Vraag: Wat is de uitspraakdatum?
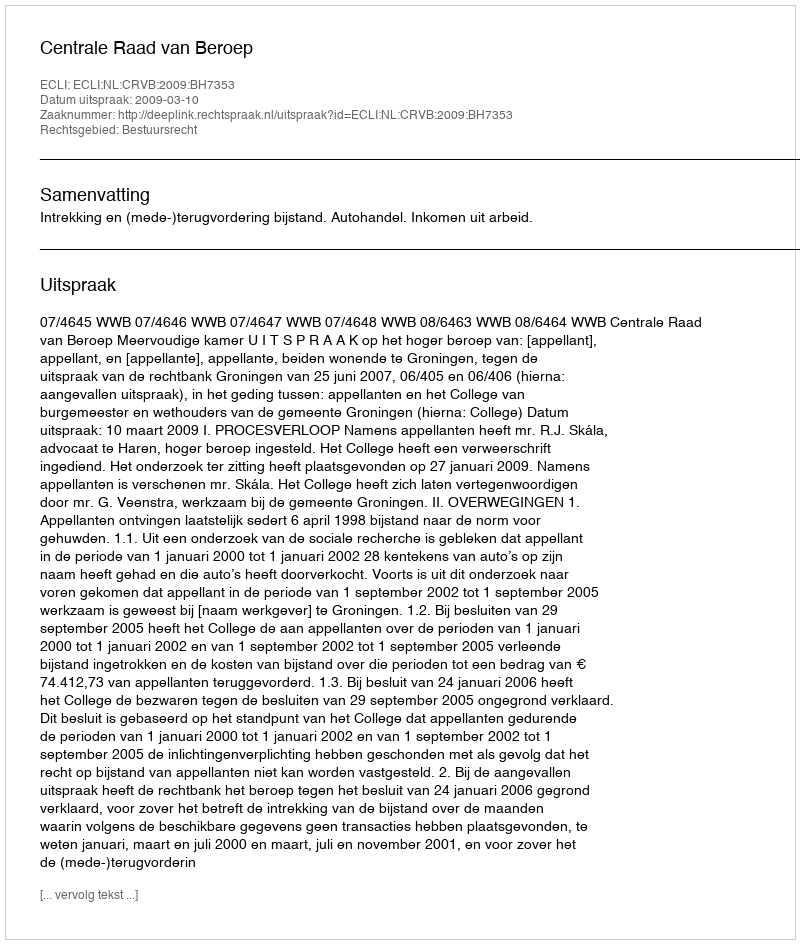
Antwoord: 2009-03-10